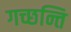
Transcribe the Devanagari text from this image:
गच्छन्ति